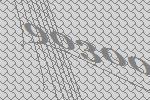
90300